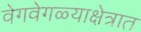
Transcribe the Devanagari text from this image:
वेगवेगळ्याक्षेत्रात